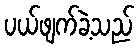
ပယ်ဖျက်ခဲ့သည်